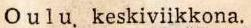
Oulu. keskiviikkona.